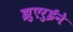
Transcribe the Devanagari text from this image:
झुएरुईने